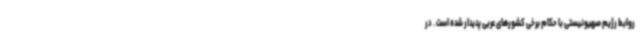
روابط رژیم صهیونیستی با حکام برخی کشورهای عربی پدیدار شده است . در